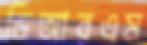
ডিআরএম